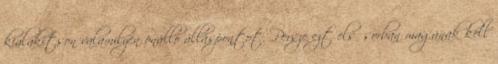
kialakítson valamilyen önálló álláspontot. Persze ezt elsősorban magának kell